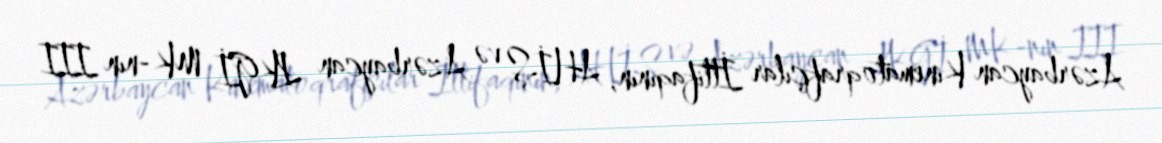
Azərbaycan Kinematoqrafçılar İttifaqının, AHİŞ və Azərbaycan LKGİ MK-nın III